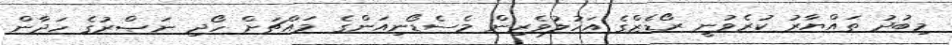
މިބުދު ތައްޔާރު ކުރެވުނީ ރޯޑެޒްގެ އަހުލުވެރިން މެސެޑޯނިއަންގެ މައްޗަށް ހޯދި ނަޞްރުގެ ހަދާން